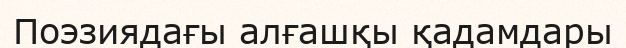
Поэзиядағы алғашқы қадамдары